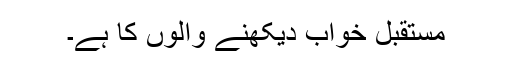
مستقبل خواب دیکھنے والوں کا ہے۔